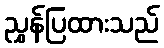
ညွှန်ပြထားသည်